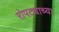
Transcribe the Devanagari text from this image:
रोपट्याच्या